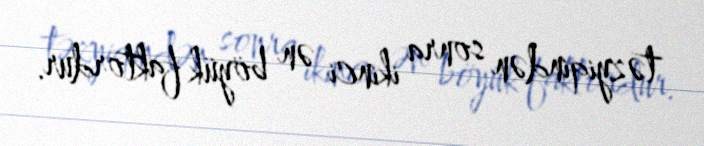
təzyiqindən sonra ikinci ən böyük faktordur.